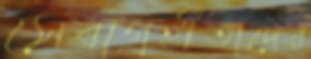
সেবাগ্রহীতাদের